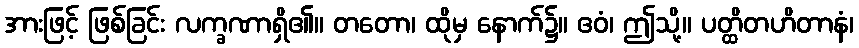
အားဖြင့် ဖြစ်ခြင်း လက္ခဏာရှိ၏။ တတော၊ ထိုမှ နောက်၌။ ဧဝံ၊ ဤသို့။ ပတ္ထိတဟိတာနံ၊